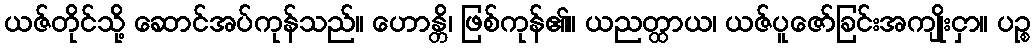
ယဇ်တိုင်သို့ ဆောင်အပ်ကုန်သည်။ ဟောန္တိ၊ ဖြစ်ကုန်၏။ ယညတ္ထာယ၊ ယဇ်ပူဇော်ခြင်းအကျိုးငှာ။ ပဉ္စ